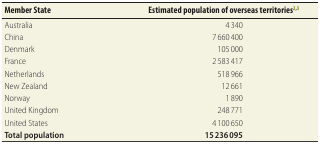
| Member State | Estimated population of overseas territories2,3 |
 | --- | --- |
 | Australia | 4 340 |
 | China | 7 660 400 |
 | Denmark | 105 000 |
 | France | 2 583 417 |
 | Netherlands | 518 966 |
 | New Zealand | 12 661 |
 | Norway | 1 890 |
 | United Kingdom | 248 771 |
 | United States | 4 100 650 |
 | Total population | 15 236 095 |